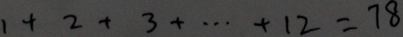
1 + 2 + 3 + \cdots + 1 2 = 7 8